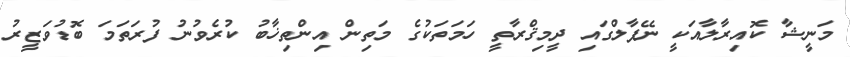
މަނީޝާ ކޮއިރާލާއަކީ ނޭޕާލްގައި ދީމިޤްރާތީ ހަމަތަކުގެ މަތިން އިންތިޚާބު ކުރެވުނު ފުރަތަމަ ބޮޑުވަޒީރު